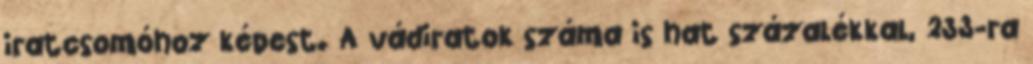
iratcsomóhoz képest. A vádiratok száma is hat százalékkal, 233-ra